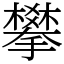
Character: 攀